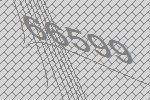
66599